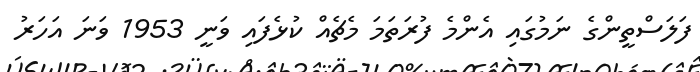
ފަލަސްތީންގެ ނަމުގައި އެންމެ ފުރަތަމަ މެޗެއް ކުޅެފައި ވަނީ 1953 ވަނަ އަހަރު